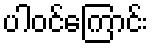
ပါဝင်ကြောင်း